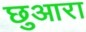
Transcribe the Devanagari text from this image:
छुआरा